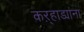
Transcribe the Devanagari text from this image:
कऱ्हाड्यांना